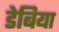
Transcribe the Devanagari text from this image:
डेबिया